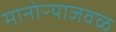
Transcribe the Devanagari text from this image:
मानोऱ्याजवळ